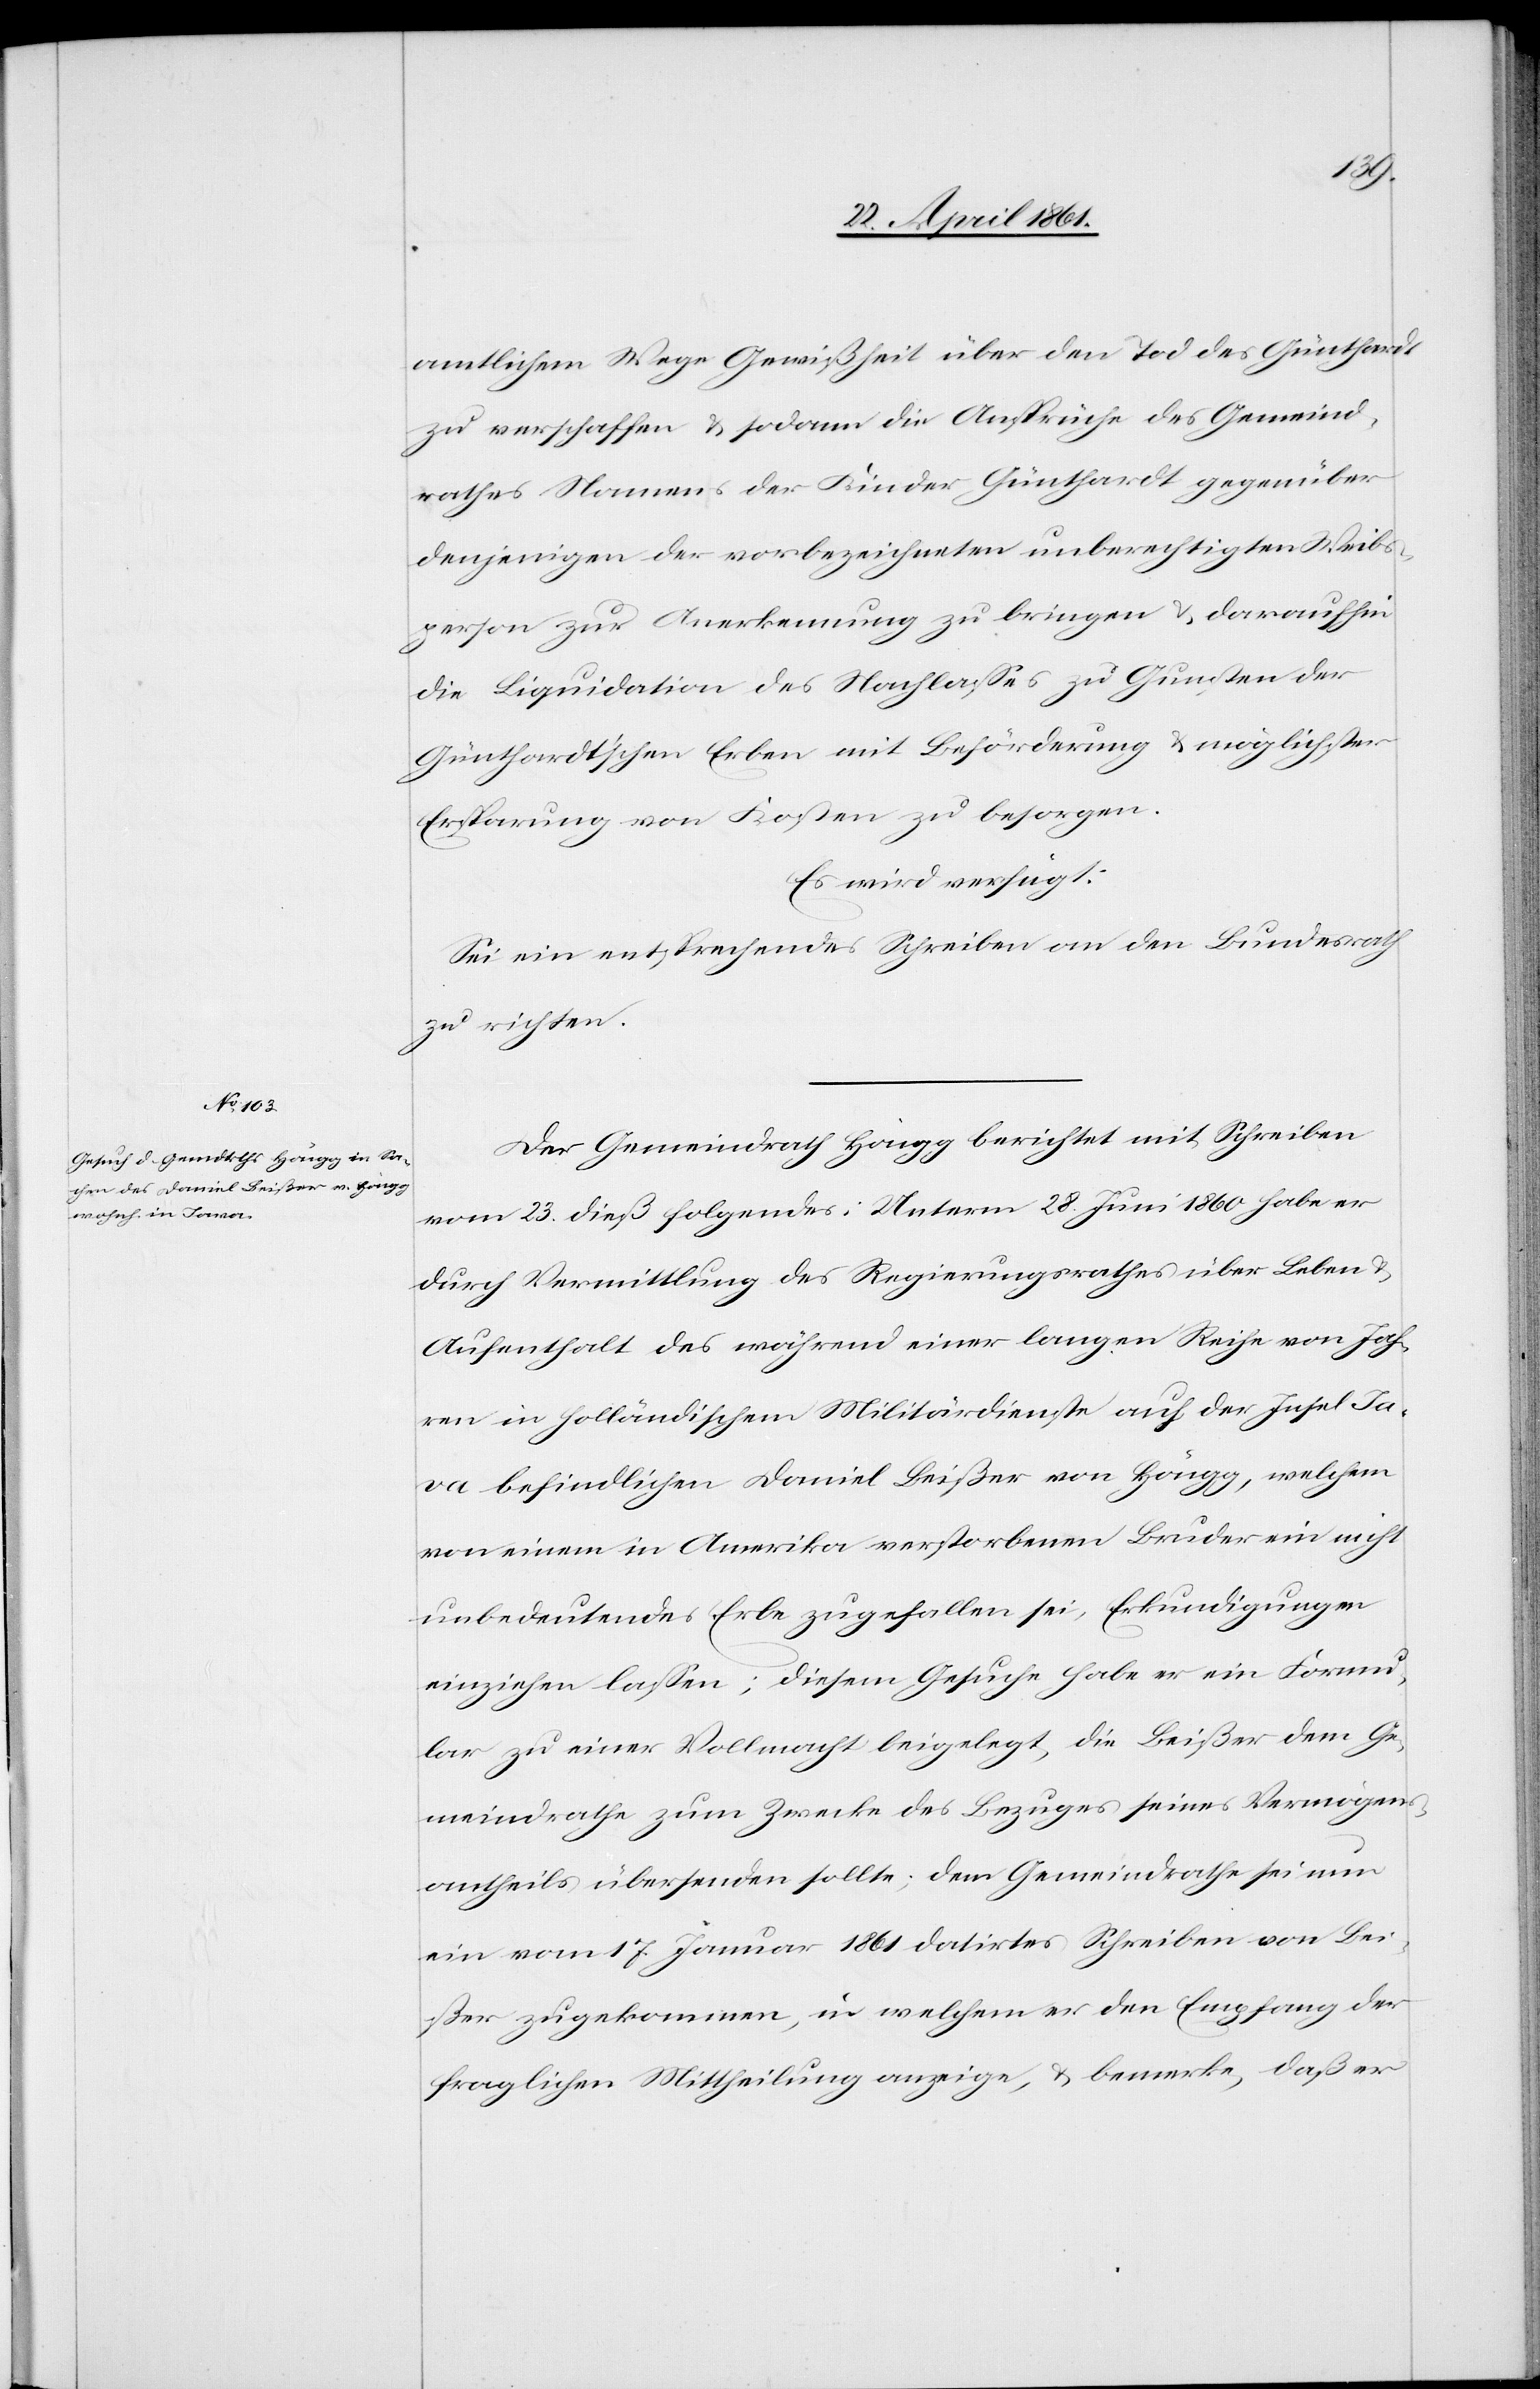
24. April 1861.]
amtlichem Weg Gewißheit über den Tod des Günthardt
zu verschaffen u. sodann die Ansprüche des Gemeind¬
rathes Namens der Kinder Günthardt gegenüber
denjenigen der vorbezeichneten unberechtigten Weibs¬
person zur Anerkennung zu bringen u. daraufhin
die Liquidation des Nachlasses zu Gunsten der
Günthardt’schen Erben mit Beförderung u. möglichster
Ersparung von Kosten zu besorgen.
Es wird verfügt:
Sei ein entsprechendes Schreiben an den Bundesrath
zu richten.
Der Gemeindrath Höngg berichtet mit Schreiben
vom 23. dieß folgendes: Unterm 28. Juni 1860 habe er
durch Vermittlung des Regierungsrathes über Leben u.
Aufenthalt des während einer langen Reihe von Jah¬
ren in holländischem Militärdienste auf der Insel Ja¬
va befindlichen Daniel Beißer von Höngg, welchem
von einem in Amerika verstorbene Bruder ein nicht
unbedeutendes Erbe zugefallen sei, Erkundigungen
einziehen lassen; diesem Gesuche habe er ein Formu¬
lar zu einer Vollmacht beigelegt, die Beißer dem Ge¬
meindrathe zum Zwecke des Bezuges seines Vermögens¬
antheils übersenden sollte, dem Gemeindrathe sei nun
ein vom 17. Januar 1861 datirtes Schreiben von Bei¬
ßer zugekommen, in welchem er den Empfang der
fraglichen Mittheilung anzeige, u. bemerke, daß er